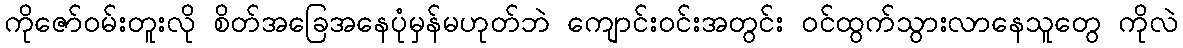
ကိုဇော်ဝမ်းတူးလို စိတ်အခြေအနေပုံမှန်မဟုတ်ဘဲ ကျောင်းဝင်းအတွင်း ဝင်ထွက်သွားလာနေသူတွေ ကိုလဲ